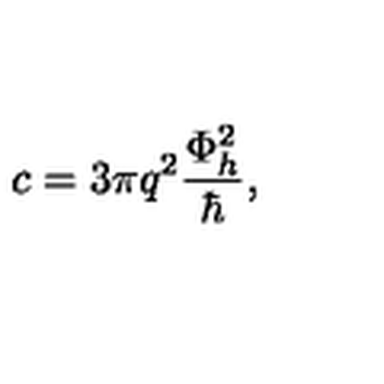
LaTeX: c = 3 \pi q ^ { 2 } \frac { \Phi _ { h } ^ { 2 } } { \hbar } ,